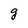
Character: g